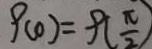
9 ( 0 ) = 9 ( \frac { \pi } { 2 } )